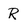
Character: R